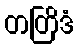
တတြိဒံ